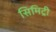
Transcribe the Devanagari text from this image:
सिमिट्री